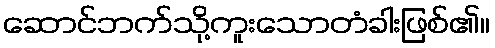
ဆောင်ဘက်သို့ကူးသောတံခါးဖြစ်၏။